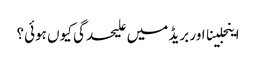
اینجلینا اور بریڈ میں علیحدگی کیوں ہوئی؟